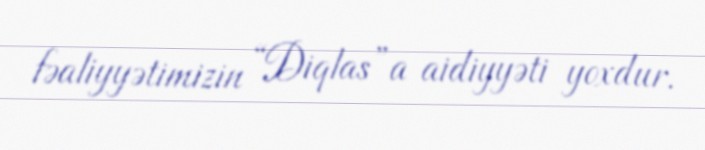
fəaliyyətimizin “Diqlas”a aidiyyəti yoxdur.